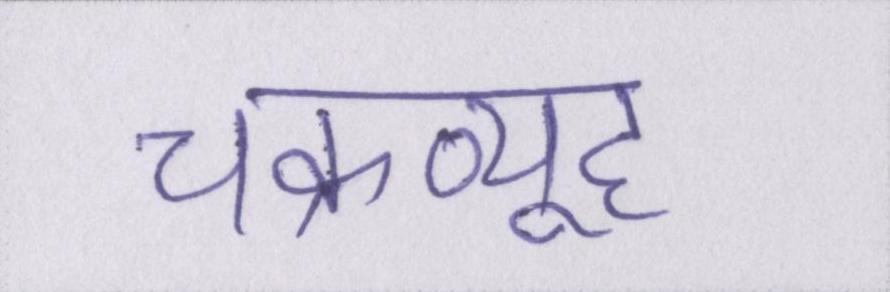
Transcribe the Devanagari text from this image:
चक्रव्यूह